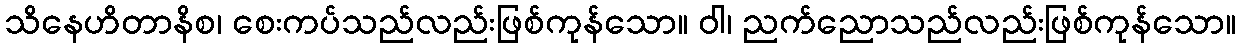
သိနေဟိတာနိစ၊ စေးကပ်သည်လည်းဖြစ်ကုန်သော။ ဝါ၊ ညက်ညောသည်လည်းဖြစ်ကုန်သော။